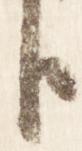
臣